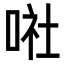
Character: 𠶈